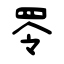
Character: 𦊓